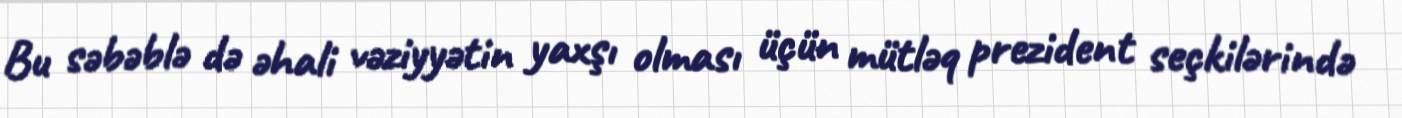
Bu səbəblə də əhali vəziyyətin yaxşı olması üçün mütləq prezident seçkilərində